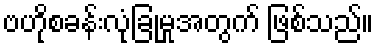
ဗဟိုစခန်းလုံခြုံမှုအတွက် ဖြစ်သည်။